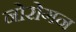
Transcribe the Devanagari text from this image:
नोरोगन